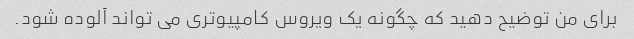
برای من توضیح دهید که چگونه یک ویروس کامپیوتری می تواند آلوده شود.